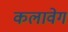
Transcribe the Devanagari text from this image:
कलावेग